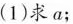
(1)求a；